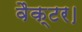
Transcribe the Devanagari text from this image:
वैक्टर।